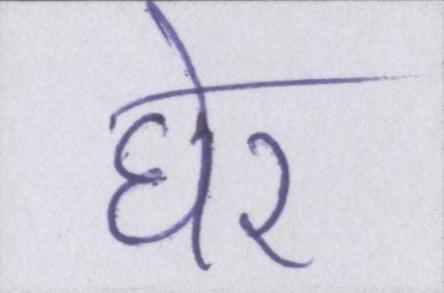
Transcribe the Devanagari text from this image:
घेर